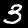
Digit: 3